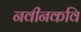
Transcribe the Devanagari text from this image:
नवीनकवि